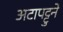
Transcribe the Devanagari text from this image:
अटापट्टुने